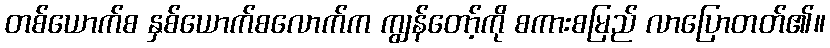
တစ်ယောက်စ နှစ်ယောက်စလောက်က ကျွန်တော့်ကို စကားစမြည် လာပြောတတ်၏။